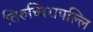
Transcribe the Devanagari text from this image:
तिरुच्चिरापल्लि